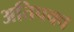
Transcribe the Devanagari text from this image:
अतिपक्व